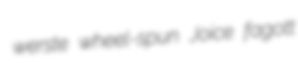
werste wheel-spun Joice fagott